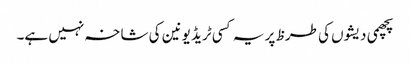
پچھمی دیشوں کی طرظ پر یہ کسی ٹریڈ یونین کی شاخہ نہیں ہے۔